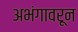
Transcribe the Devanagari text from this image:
अभंगावरून